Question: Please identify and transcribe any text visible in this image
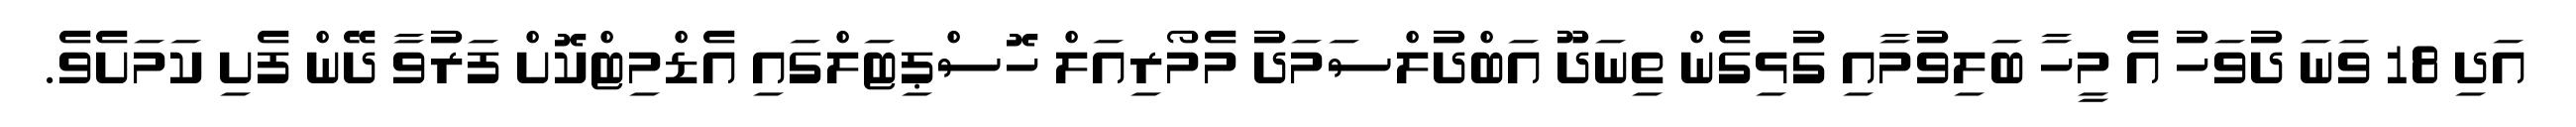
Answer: އަދި 18 ވަނަ ދުވަހު އެ މީހާ ބަލިވުމާއި ގުޅިގެން ތިނަދޫ އަބްދުލްސަމަދު މެމޯރިއަލް ހޮސްޕިޓަލްގައި އެޑްމިޓްކޮށް ފަރުވާ ދޭން ފެށި ކަމަށެވެ.